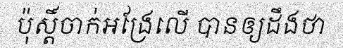
ប៉ុស្តិ៍ចាក់អង្រែលើ បានឲ្យដឹងថា